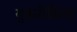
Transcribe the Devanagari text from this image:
युकरीकिया